Civil Veterinary Dept. North-West Frontier Province 1901-22 - 1901-1922
Year: 1901
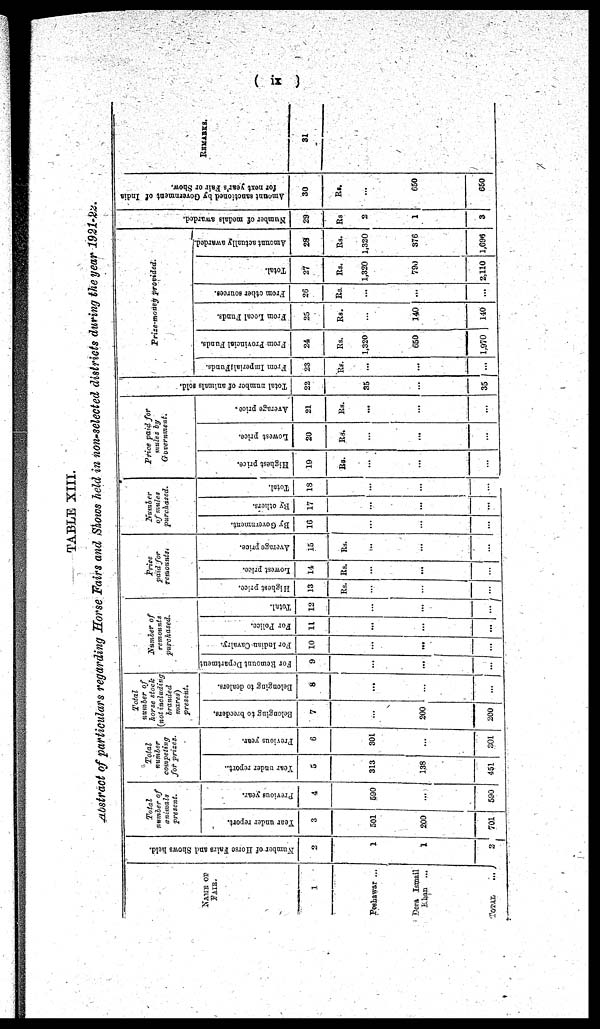
(ix)
TABLE XIII.
Abstract of particulars regarding Horse Fairs and Shows held in non-selected districts during the year 1921-22.
NAME OF
FAIR
1
Peshawar ...
Dera Ismail
Khan ...
TOTAL ...
Number
of Horse Fairs and Shows held.
2
1
1
2
Total
number of
animals
present.
Year under report.
3
501
200
701
Previous year.
4
690
...
590
Total
number
competing
for prizes.
Year under report.
5
313
138
451
Previous year.
6
301
...
301
Total
number of
horse stock
(not including
branded
mares)
present.
Belonging to breeders.
7
...
200
200
Belonging to dealers.
8
...
...
...
Number of
remounts
purchased.
For Remount Department
9
...
...
...
For Indian Cavalry.
10
...
...
...
For Police.
11
...
...
...
Total.
12
...
...
...
Price
paid for
remounts.
Highest price.
J3
Rs.
...
...
...
Lowest price.
14
Rs.
...
...
...
Average price.
15
Rs.
...
...
...
Number
of mules
purchased.
By Government.
16
...
...
...
By others.
17
...
...
...
Total.
18
...
...
...
Price paid for
mules by
Government.
Highest price.
19
Rs.
...
...
...
Lowest price.
20
Rs.
...
...
...
Average price.
21
Rs.
...
...
...
Total number of animals sold.
22
35
...
35
Prize-money provided.
From Imperial Funds.
23
Rs.
...
...
...
From Provincial Funds.
24
Rs.
1,320
650
1,970
From Local Funds.
25
Rs.
...
140
140
From other sources.
26
Rs.
...
...
...
Total.
27
Rs.
1,320
790
2,110
Amount actually awarded.
28
Rs.
1,320
376
1,696
Number of medals awarded.
29
Rs
2
1
3
Amount sanctioned by Government of India
for next year's Fair or Show.
30
Rs.
...
650
650
REMARKS.
31